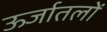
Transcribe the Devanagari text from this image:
ऊर्जातलों